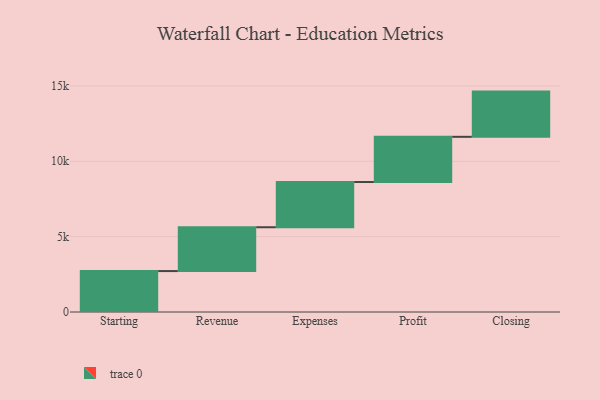
{"axis": {"x": "Step", "y": "Value"}, "legend": [""], "data": [{"x": "Starting", "y": 2716.0, "type": ""}, {"x": "Revenue", "y": 2908.0, "type": ""}, {"x": "Expenses", "y": 3000, "type": ""}, {"x": "Profit", "y": 3000, "type": ""}, {"x": "Closing", "y": 3000, "type": ""}]}